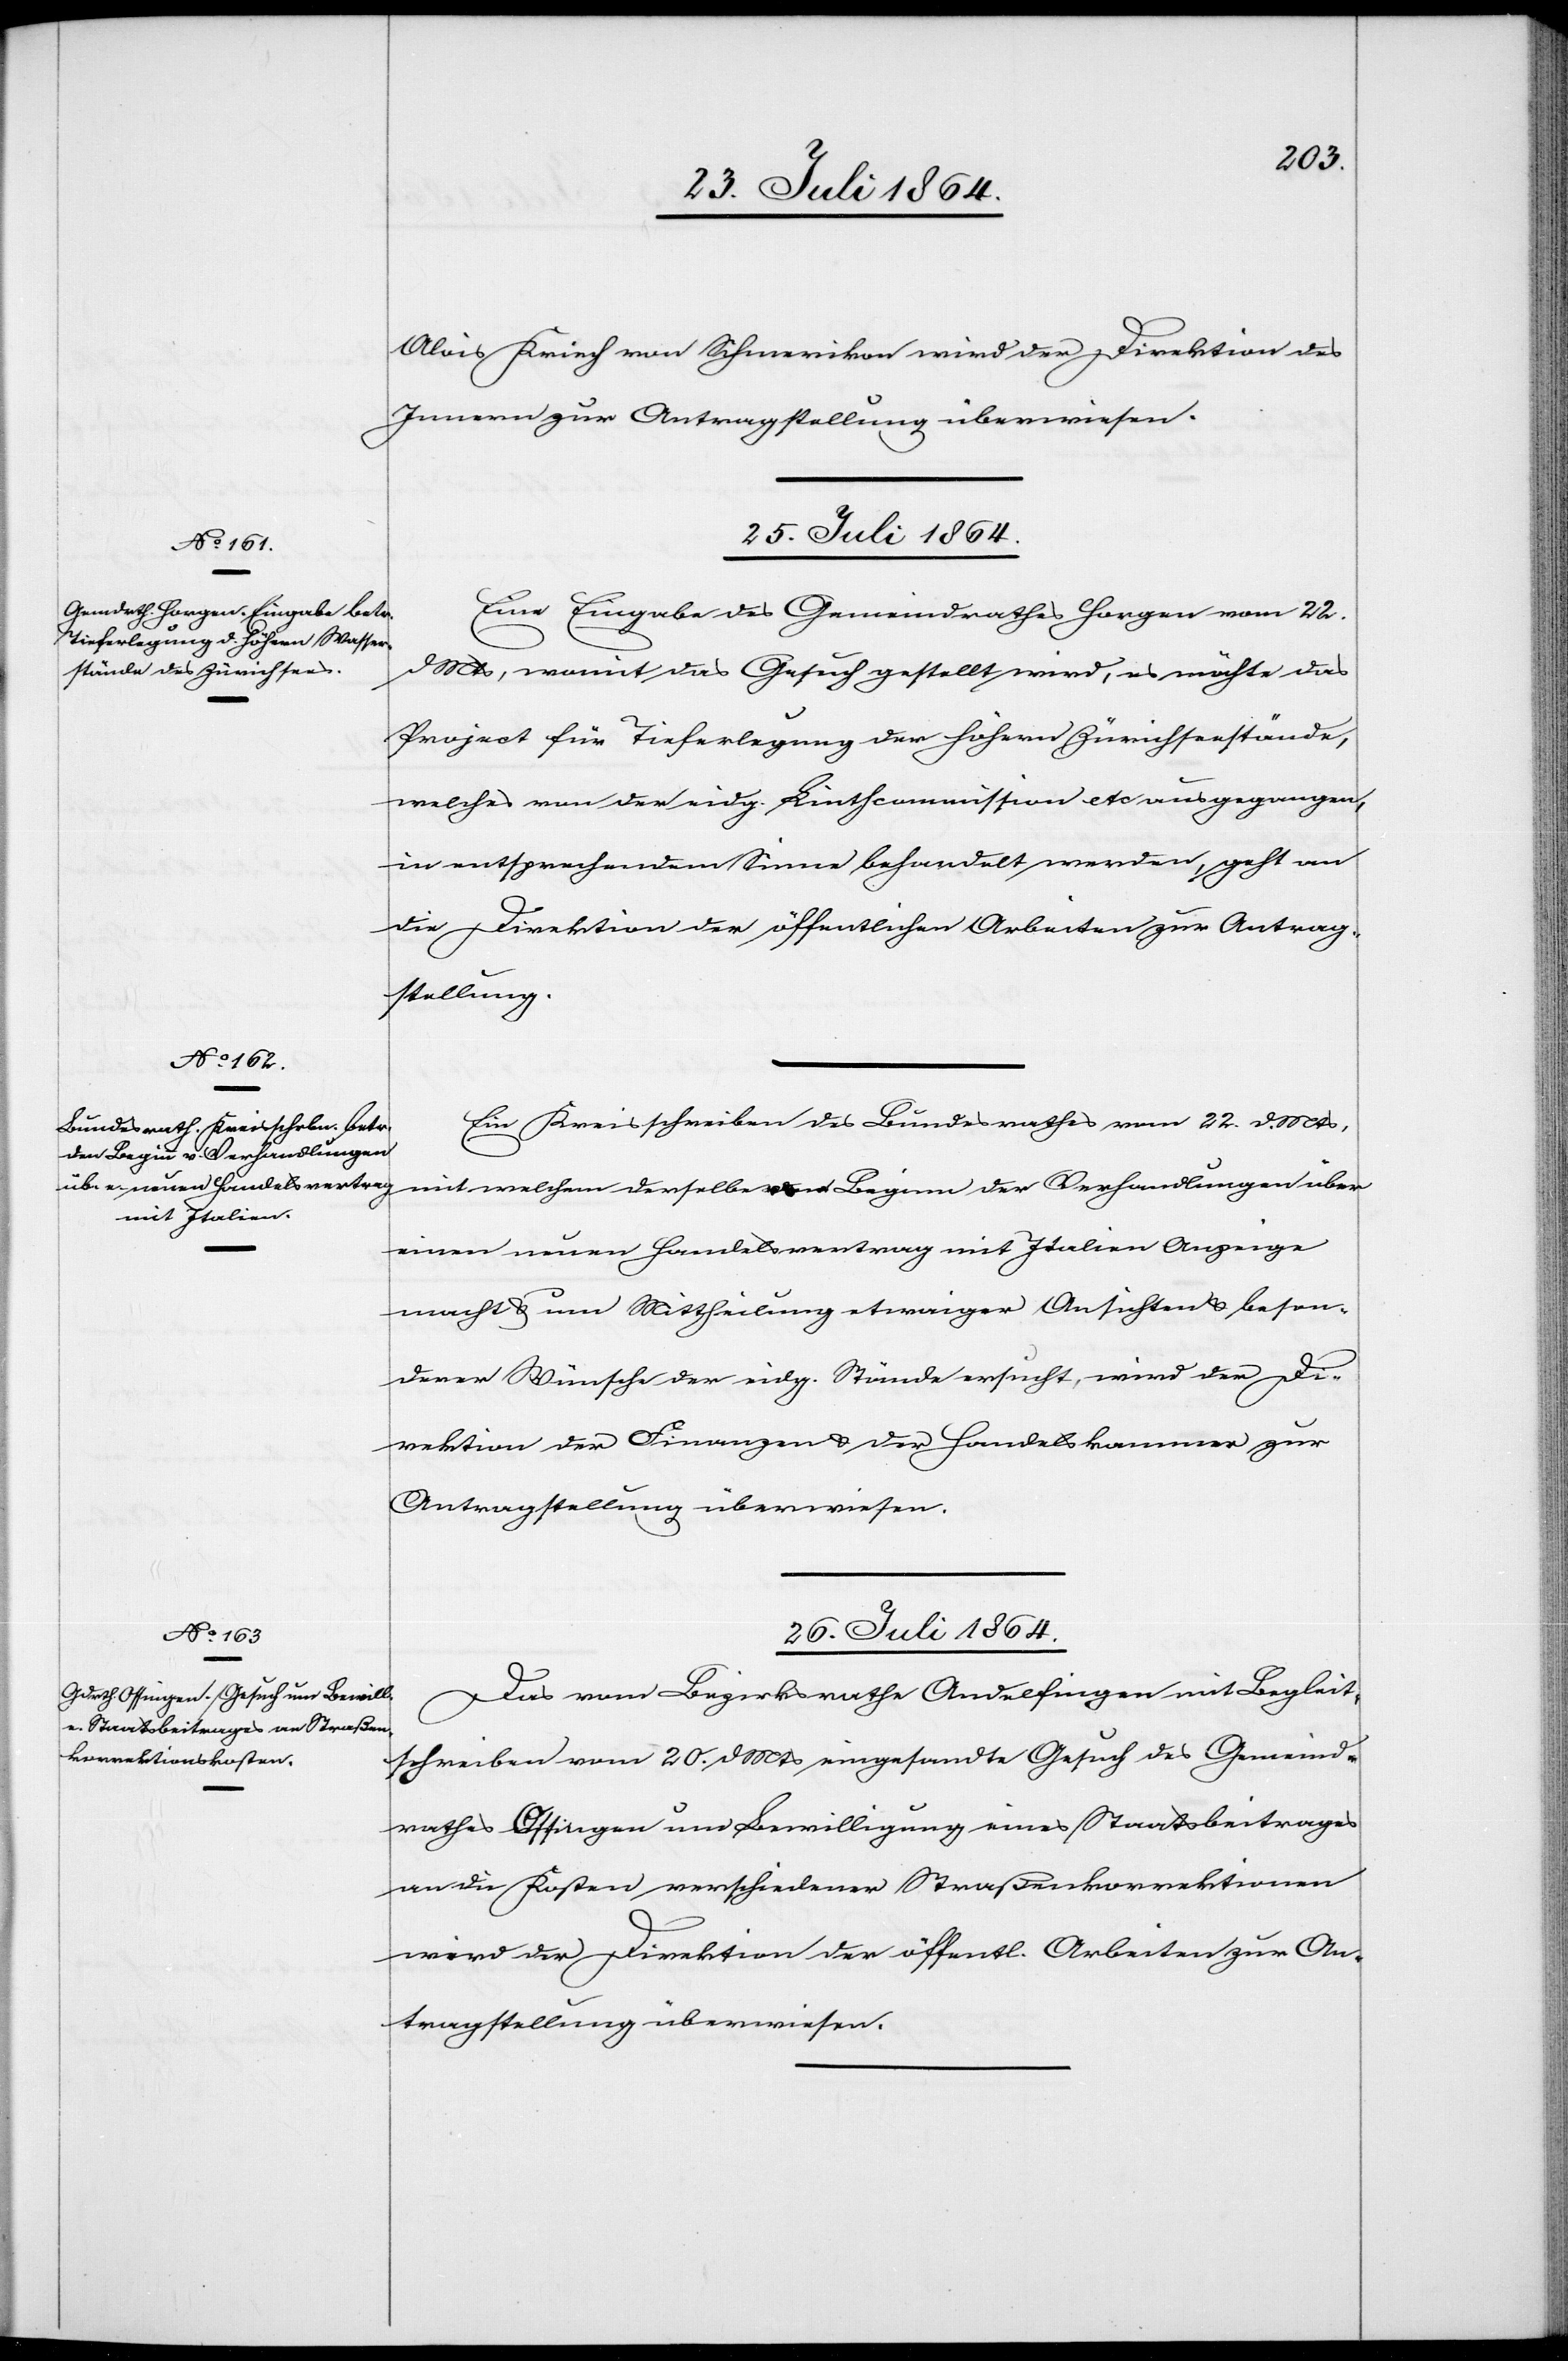
Alois Kriech von Schmerikon wird der Direktion des
Innern zur Antragstellung überwiesen.
25. Juli 1864.]
Eine Eingabe des Gemeindrathes Horgen vom 22.
d. Mts., womit das Gesuch gestellt wird, es möchte das
Project für Tieferlegung der höhern Zürichseestände,
welches von der eidg. Lindthkommission etc. ausgegangen,
in entsprechendem Sinne behandelt werden, geht an
die Direktion der öffentlichen Arbeiten zur Antrag¬
stellung.
Ein Kreisschreiben des Bundesrathes vom 22. d. Mts.,
mit welchem derselbe [?vom] Beginn der Verhandlungen über
einen neuen Handelsvertrag mit Italien Anzeige
macht & um Mittheilung etwaiger Ansichten & beson¬
derer Wünsche der eidg. Stände ersucht, wird der Di¬
rektion der Finanzen & der Handelskammer zur
Antragstellung überwiesen.
26. Juli 1864.
Das vom Bezirksrathe Andelfingen mit Begleit¬
schreiben vom 20. d. Mts. eingesandte Gesuch des Gemeind¬
rathes Ossingen um Bewilligung eines Staatsbeitrages
an die Kosten verschiedener Straßenkorrektionen
wird der Direktion der öffentl. Arbeiten zur An¬
tragstellung überwiesen.